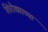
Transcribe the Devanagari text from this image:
शिरोड्याच्या